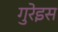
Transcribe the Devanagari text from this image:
गुरेइस